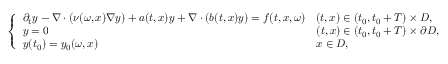
\left\{ \begin{array} { l l } { \partial _ { t } y - \nabla \cdot ( \nu ( \omega , x ) \nabla y ) + a ( t , x ) y + \nabla \cdot ( b ( t , x ) y ) = f ( t , x , \omega ) } & { ( t , x ) \in ( t _ { 0 } , t _ { 0 } + T ) \times D , } \\ { y = 0 } & { ( t , x ) \in ( t _ { 0 } , t _ { 0 } + T ) \times \partial D , } \\ { y ( t _ { 0 } ) = y _ { 0 } ( \omega , x ) } & { x \in D , } \end{array} \right.